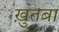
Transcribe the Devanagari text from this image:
ख़ुतबा